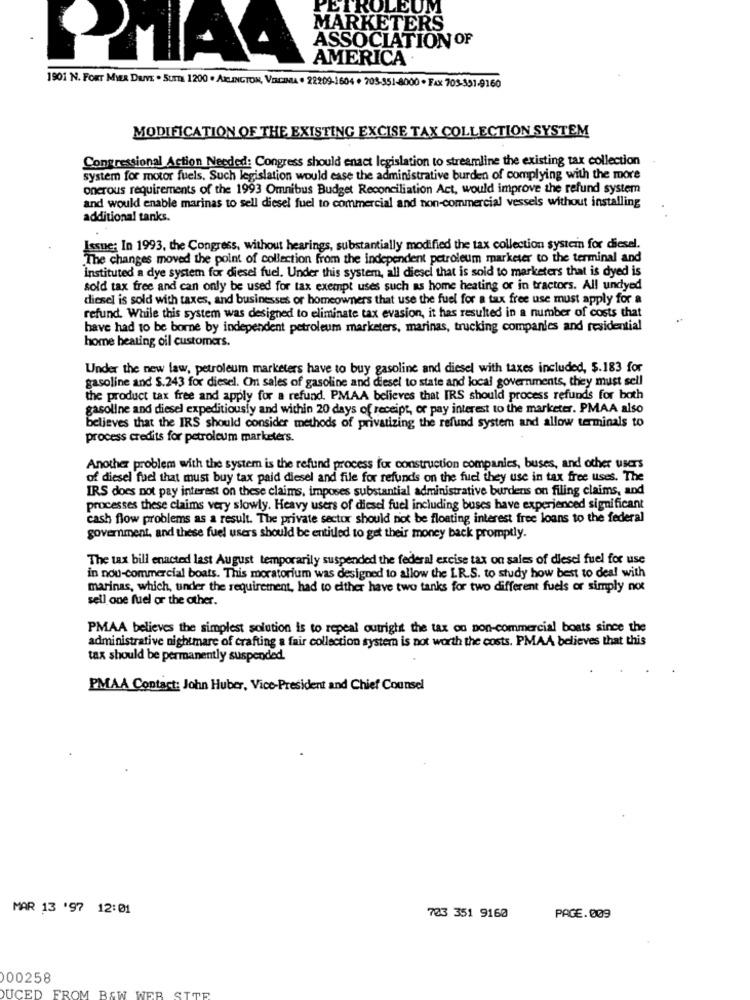
PETROLEUM
MARKETERS
ASSOCIATION OF
AMERICA
1901 N. FORT MIER Davs . SuTTE 1200 . ARLINGTON, VICINA · 22209-1604 + 703-351-8000 · FAX 703-391-9160
MODIFICATION OF THE EXISTING EXCISE TAX COLLECTION SYSTEM
Congressional Action Needed: Congress should enact legislation to streamline the existing tax collection
system for motor fuels, Such legislation would ease the administrative burden of complying with the more
onerous requirements of the 1993 Omnibus Budget Reconciliation Act, would improve the refund system
and would enable marinas to sell diesel fuel to commercial and non-commercial vessels without installing
additional tanks.
Issue: In 1993, the Congress, without hearings, substantially modified the tax collection system for diesel.
The changes moved the point of collection from the independent petroleum marketer to the terminal and
instituted a dye system for diesel fuel. Under this system, all diesel that is sold to marketers that is dyed is
sold tax free and can only be used for tax exempt uses such as home heating or in tractors. All undyed
diesel is sold with taxes, and businesses or homeowners that use the fuel for a tax free use must apply for a
refund. While this system was designed to eliminate tax evasion, it has resulted in a number of costs that
have had to be borne by independent petroleum marketers, marinas, trucking companies and residential
home beating oil customers.
Under the new law, petroleum marketers have to buy gasoline and diesel with taxes included, $.183 for
gasoline and S.243 for diesel. On sales of gasoline and diesel to state and local governments, they must sell
the product tax free and apply for a refund. PMAA believes that IRS should process refunds for both
gasoline and diesel expeditiousfy and within 20 days of receipt, or pay interest to the marketer. PMAA also
believes that the IRS should consider methods of privatizing the refund system and allow terminals to
process credits for petroleum marketers.
Another problem with the system is the refund process for construction companies, buses, and other users
of diesel fuel that must buy tax paid diesel and file for refunds on the fuel they use in tax free uses. The
IRS does not pay interest on these claims, imposes substantial administrative burdens on filing claims, and
processes these claims very slowly. Heavy users of diesel fuel including buses have experienced significant
cash flow problems as a result. The private sector should not be floating interest free loans to the federal
government, and these fuel users should be entitled to get their money back promptly.
The tax bill enacted last August temporarily suspended the federal excise tax on sales of diesel fuel for use
in nou-commercial boats. This moratorium was designed to allow the LR.S. to study how best to deal with
marinas, which, under the requirement, had to either have two tanks for two different fuels or simply not
sell one fuel or the other.
PMAA believes the simplest solution is to repeal outright the tax on non-commercial boats since the
administrative nightmare of crafting a fair collection system is not worth the costs. PMAA believes that this
tax should be permanently suspended.
PMAA Contact: John Huber, Vice-President and Chief Counsel
MAR 13 '97 12:01
703 351 9160
PAGE. 009
000258
DUCED FROM B&W WEB SITE